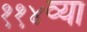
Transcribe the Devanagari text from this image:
११४व्या